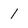
Character: 1